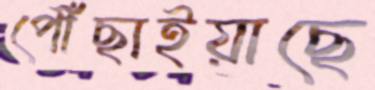
পৌঁছাইয়াছে